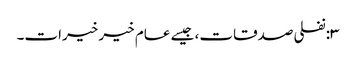
٣:نفلی صدقات، جیسے عام خیر خیرات۔